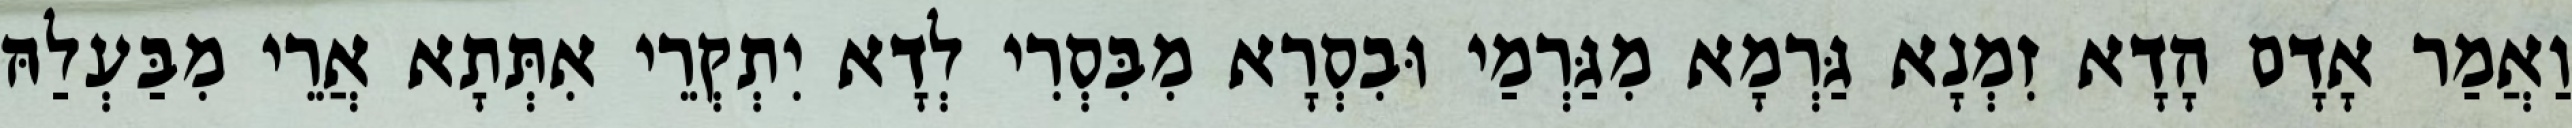
וַאֲמַר אָדָם הָדָא זִמְנָא גַּרְמָא מִגַּרְמַי וּבִסְרָא מִבִּסְרִי לְדָא יִתְקְרֵי אִתְּתָא אֲרֵי מִבַּעְלַהּ